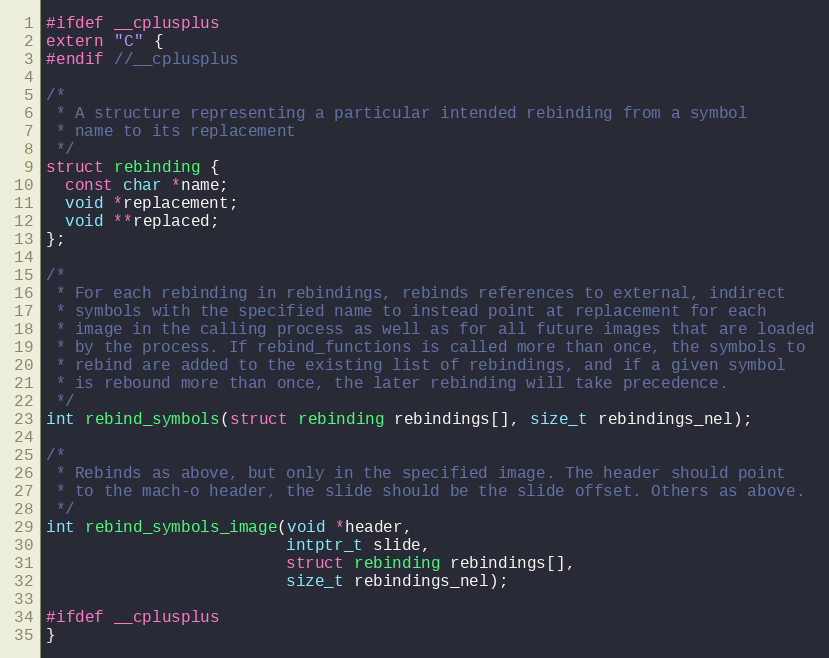
Language: C
#ifdef __cplusplus
extern "C" {
#endif //__cplusplus

/*
 * A structure representing a particular intended rebinding from a symbol
 * name to its replacement
 */
struct rebinding {
  const char *name;
  void *replacement;
  void **replaced;
};

/*
 * For each rebinding in rebindings, rebinds references to external, indirect
 * symbols with the specified name to instead point at replacement for each
 * image in the calling process as well as for all future images that are loaded
 * by the process. If rebind_functions is called more than once, the symbols to
 * rebind are added to the existing list of rebindings, and if a given symbol
 * is rebound more than once, the later rebinding will take precedence.
 */
int rebind_symbols(struct rebinding rebindings[], size_t rebindings_nel);

/*
 * Rebinds as above, but only in the specified image. The header should point
 * to the mach-o header, the slide should be the slide offset. Others as above.
 */
int rebind_symbols_image(void *header,
                         intptr_t slide,
                         struct rebinding rebindings[],
                         size_t rebindings_nel);

#ifdef __cplusplus
}